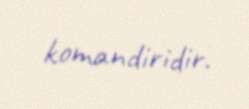
komandiridir.